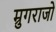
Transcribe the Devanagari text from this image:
म्रुगराजो